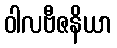
ဝါလဗီဇနိယာ